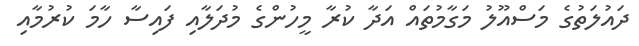
ދައުލަތުގެ މަސްއޫލު މަގާމުތައް އަދާ ކުރާ މީހުންގެ މުދަލާއި ފައިސާ ހާމަ ކުރުމާއި